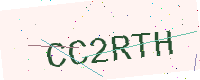
Text: CC2RTH